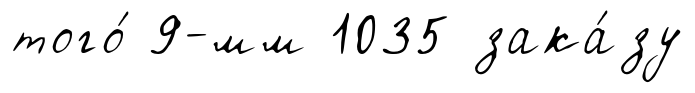
того́ 9-мм 1035 зака́зу